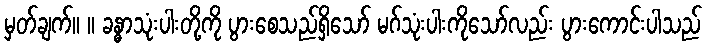
မှတ်ချက်။ ။ ခန္ဓာသုံးပါးတို့ကို ပွားစေသည်ရှိသော် မဂ်သုံးပါးကိုသော်လည်း ပွားကောင်းပါသည်